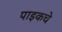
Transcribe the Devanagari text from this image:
पाइकचे